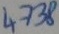
Text: 4738